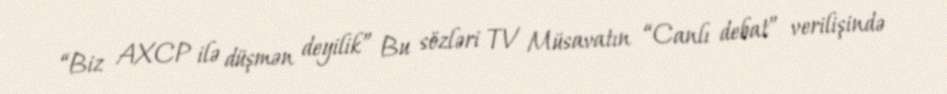
“Biz AXCP ilə düşmən deyilik” Bu sözləri TV Müsavatın “Canlı debat” verilişində